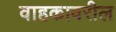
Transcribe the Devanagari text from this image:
वाहकावरील